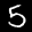
Label: 5